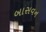
બાસવન